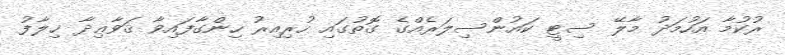
ރުކުމާ އަހުމަދު މާލޭ ސިޓީ ކައުންސިލަރެއްގެ ގޮތުގައި ހުރިއިރު ހިންގާފައިވާ ޤަވާޢިދާ ޚިލާފު